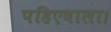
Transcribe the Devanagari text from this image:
पहिएवाला।